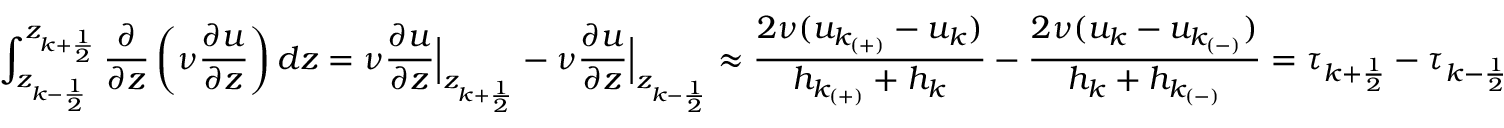
\int _ { z _ { k - \frac { 1 } { 2 } } } ^ { z _ { k + \frac { 1 } { 2 } } } \frac { \partial } { \partial z } \left( \nu \frac { \partial u } { \partial z } \right) d z = \nu \frac { \partial u } { \partial z } \Big | _ { z _ { k + \frac { 1 } { 2 } } } - \nu \frac { \partial u } { \partial z } \Big | _ { z _ { k - \frac { 1 } { 2 } } } \approx \frac { 2 \nu ( u _ { k _ { ( + ) } } - u _ { k } ) } { h _ { k _ { ( + ) } } + h _ { k } } - \frac { 2 \nu ( u _ { k } - u _ { k _ { ( - ) } } ) } { h _ { k } + h _ { k _ { ( - ) } } } = \tau _ { k + \frac { 1 } { 2 } } - \tau _ { k - \frac { 1 } { 2 } }